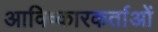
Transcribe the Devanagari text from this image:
आविष्कारकर्ताओं